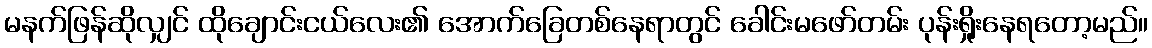
မနက်ဖြန်ဆိုလျှင် ထိုချောင်းငယ်လေး၏ အောက်ခြေတစ်နေရာတွင် ခေါင်းမဖော်တမ်း ပုန်းရှိုးနေရတော့မည်။